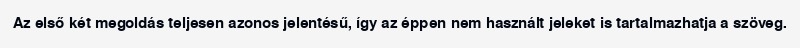
Az első két megoldás teljesen azonos jelentésű, így az éppen nem használt jeleket is tartalmazhatja a szöveg.